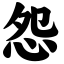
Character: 怨